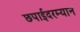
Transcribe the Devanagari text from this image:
छपाईदरम्यान